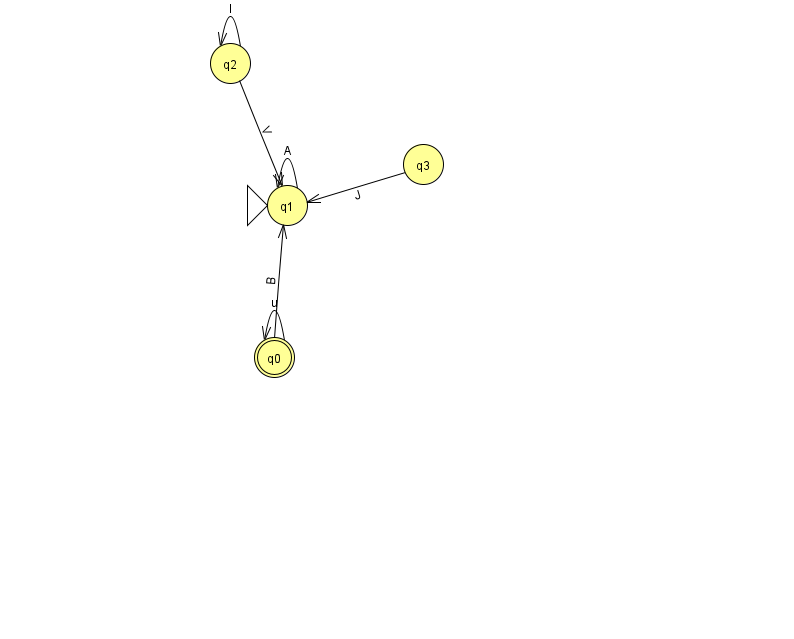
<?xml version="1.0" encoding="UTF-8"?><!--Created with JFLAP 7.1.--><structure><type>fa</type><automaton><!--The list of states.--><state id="0" name="q0"><x>274.0</x><y>344.0</y><final/></state><state id="1" name="q1"><x>287.0</x><y>192.0</y><initial/></state><state id="2" name="q2"><x>230.0</x><y>50.0</y></state><state id="3" name="q3"><x>423.0</x><y>151.0</y></state><!--The list of transitions.--><transition><from>1</from><to>1</to><read>A</read></transition><transition><from>2</from><to>1</to><read>V</read></transition><transition><from>0</from><to>0</to><read>u</read></transition><transition><from>3</from><to>1</to><read>J</read></transition><transition><from>2</from><to>2</to><read>I</read></transition><transition><from>0</from><to>1</to><read>B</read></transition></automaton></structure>